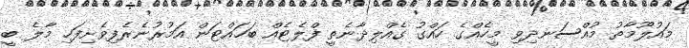
މައުލޫމާތު މުއްސަނދިވި މީހެއްގެ ހައްގު ގެއްލިދާނެތީ ފްލެޓެއް ބަހައްޓަން އަމުރުނެރެފިވެށިފަހި މާލެ ބީ